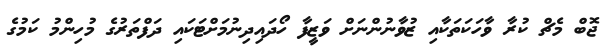
ޖޮބް މެޗް ކުރާ ވާހަކަތަކާއި ޒުވާނުންނަށް ވަޒީފާ ހޯދައިދިނުމަށްޓަކައި ދަފްތަރުގެ މުހިންމު ކަމުގެ